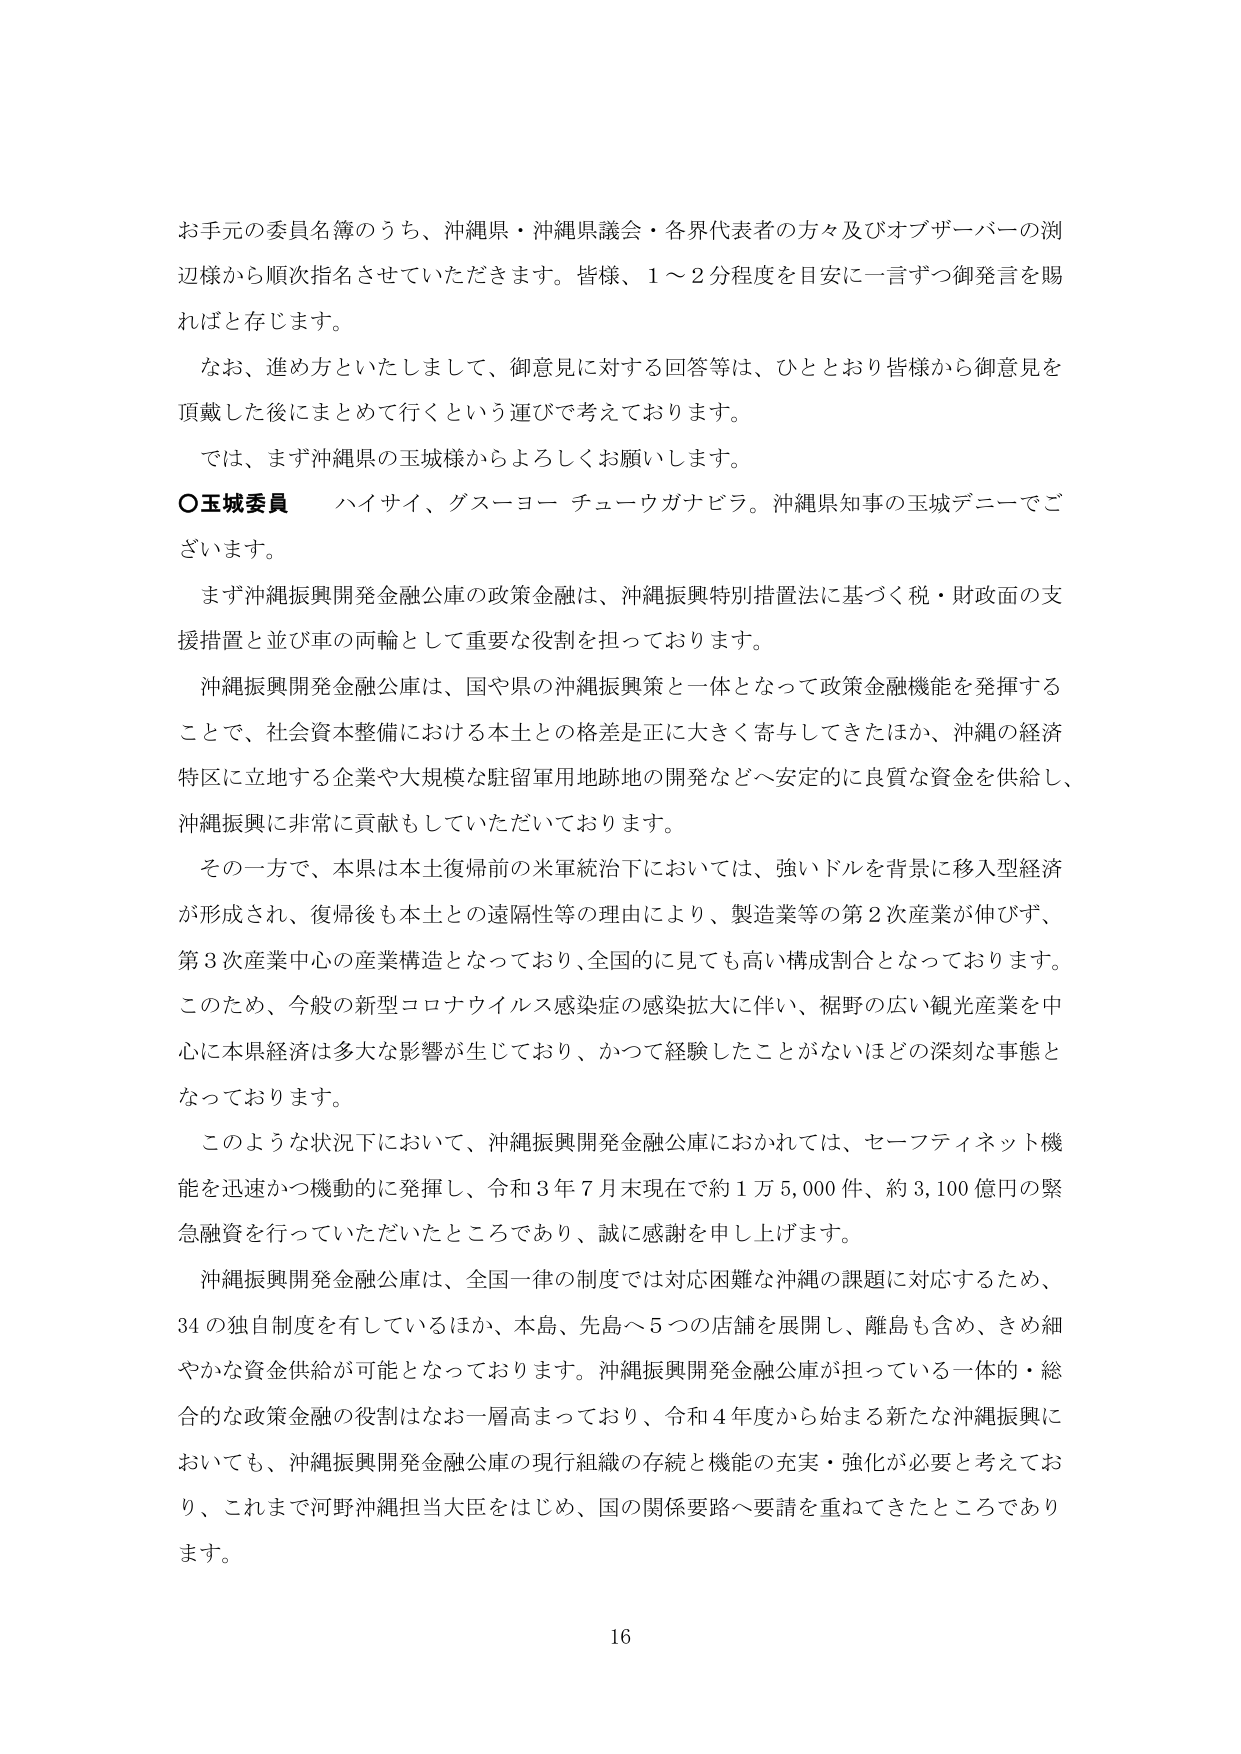
お手元の委員名簿のうち、沖縄県・沖縄県議会・各界代表者の方々及びオブザーバーの渕辺様から順次指名させていただきます。皆様、1～2分程度を目安に一言ずつ御発言を賜ればと存じます。

なお、進め方といたしまして、御意見に対する回答等は、ひととおり皆様から御意見を頂戴した後にまとめて行くという運びで考えております。

では、まず沖縄県の玉城様からよろしくお願いします。

○玉城委員　ハイサイ、グスーよー チューウガナビラ。沖縄県知事の玉城デニーでございます。

まず沖縄振興開発金融公庫の政策金融は、沖縄振興特別措置法に基づく税・財政面の支援措置と並び車の両輪として重要な役割を担っております。

沖縄振興開発金融公庫は、国や県の沖縄振興策と一体となって政策金融機能を発揮することで、社会資本整備における本土との格差是正に大きく寄与してきたほか、沖縄の経済特区に立地する企業や大規模な駐留軍用地跡地の開発などへ安定的に良質な資金を供給し、沖縄振興に非常に貢献もしていただいております。

その一方で、本県は本土復帰前の米軍統治下においては、強いドルを背景に移入型経済が形成され、復帰後も本土との遠隔性等の理由により、製造業等の第2次産業が伸びず、第3次産業中心の産業構造となっており、全国的に見ても高い構成割合となっております。このため、今般の新型コロナウイルス感染症の感染拡大に伴い、裾野の広い観光産業を中心に本県経済は多大な影響が生じており、かつて経験したことがないほどの深刻な事態となっております。

このような状況下において、沖縄振興開発金融公庫におかれては、セーフティネット機能を迅速かつ機動的に発揮し、令和3年7月末現在で約1万5,000件、約3,100億円の緊急融資を行っていただいたところであり、誠に感謝を申し上げます。

沖縄振興開発金融公庫は、全国一律の制度では対応困難な沖縄の課題に対応するため、34の独自制度を有しているほか、本島、先島へ5つの店舗を展開し、離島も含め、きめ細やかな資金供給が可能となっております。沖縄振興開発金融公庫が担っている一体的・総合的な政策金融の役割はなお一層高まっており、令和4年度から始まる新たな沖縄振興においても、沖縄振興開発金融公庫の現行組織の存続と機能の充実・強化が必要と考えており、これまで河野沖縄担当大臣をはじめ、国の関係要路へ要請を重ねてきたところであります。

16